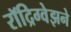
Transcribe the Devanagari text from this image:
रॉद्रिग्वेझने